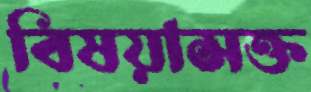
বিষয়াসক্ত